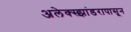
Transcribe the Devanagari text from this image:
अलेक्स्झांडरापासून